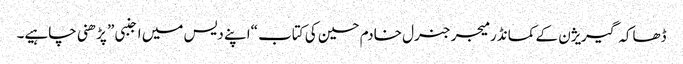
ڈھاکہ گیریژن کے کمانڈر میجر جنرل خادم حسین کی کتاب “اپنے دیس میں اجنبی” پڑھنی چاہیے۔